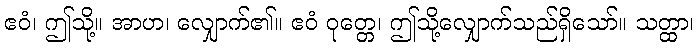
ဧဝံ၊ ဤသို့။ အာဟ၊ လျှောက်၏။ ဧဝံ ဝုတ္တေ၊ ဤသို့လျှောက်သည်ရှိသော်။ သတ္ထာ၊